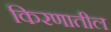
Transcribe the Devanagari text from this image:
किरणातील